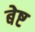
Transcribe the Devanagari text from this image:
बेष्ट